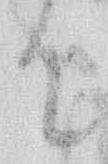
て